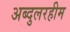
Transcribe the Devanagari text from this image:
अब्दुलरहीम